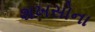
શખસોના